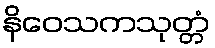
နိဝေသကသုတ္တံ